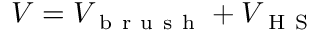
V = V _ { \mathrm { ~ b ~ r ~ u ~ s ~ h ~ } } + V _ { \mathrm { ~ H ~ S ~ } }